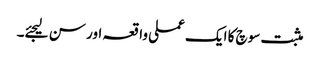
مثبت سوچ کا ایک عملی واقعہ اور سن لیجئے۔